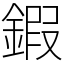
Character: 鍜